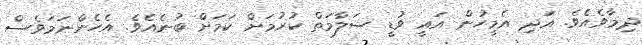
ދިމާވެއެވެ. އަދި އެމީހުން އައީ ވުޑީ ސަލާމަތް ކުރުމަށް ކަމަށް ބުނެއެވެ. އެހެންނަމަވެސް